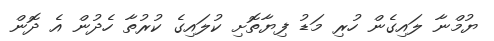
ޔުމްނާ ލައިގެން ހުރި މަޑު ފިޔާތޮށި ކުލައިގެ ކުރުތާ ހެދުން އެ ދޮން